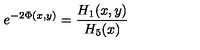
e ^ { - 2 \Phi ( x , y ) } = { \frac { H _ { 1 } ( x , y ) } { H _ { 5 } ( x ) } }